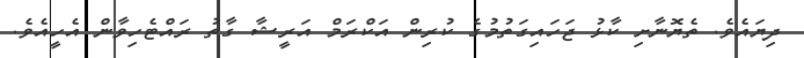
ދިޔައެވެ. ތެޔޮނާށި ކާޅު ޖަހައިގަތުމުގެ ކުރިން އަކްރަމް އަރީޝާ ގާތު ރައްޓެހިވާން އެހީއެވެ.